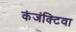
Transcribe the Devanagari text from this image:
कंजंक्टिवा